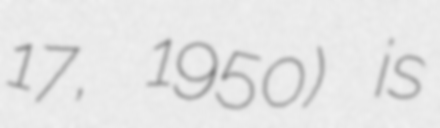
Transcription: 17, 1950) is